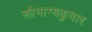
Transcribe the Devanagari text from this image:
सौभाग्यकुमार